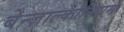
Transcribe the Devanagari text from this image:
बेन्ज़ाल्कोनियम